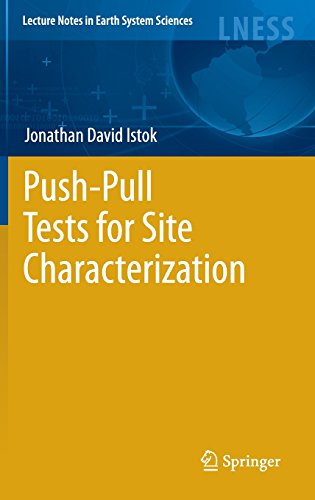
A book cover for Push-Pull Tests for Site Characterization (Lecture Notes in Earth System Sciences); Jonathan David Istok; Science & Math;